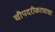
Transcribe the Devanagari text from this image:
चौपदरीकरणाचा